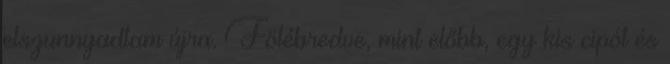
elszunnyadtam újra. Fölébredve, mint előbb, egy kis cipót és